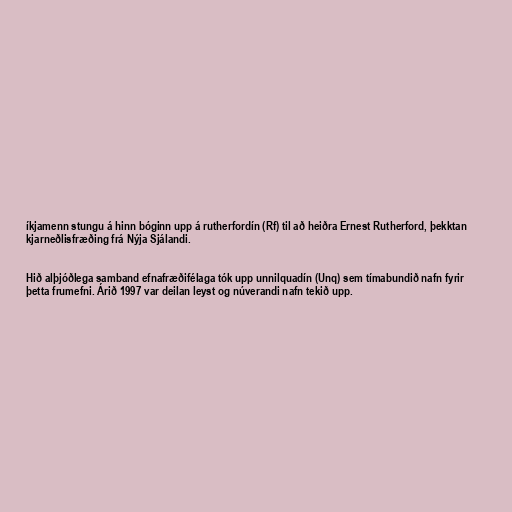
íkjamenn stungu á hinn bóginn upp á rutherfordín (Rf) til að heiðra Ernest Rutherford, þekktan
kjarneðlisfræðing frá Nýja Sjálandi.

Hið alþjóðlega samband efnafræðifélaga tók upp unnilquadín (Unq) sem tímabundið nafn fyrir
þetta frumefni. Árið 1997 var deilan leyst og núverandi nafn tekið upp.